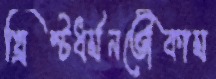
খ্রিস্টধর্মনভৌকাম